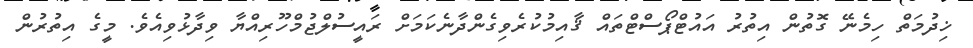
ޚިދުމަތް ހިމެނޭ ގޮތުން އިތުރު އައުޓްޕޯސްޓްތައް ޤާއިމުކުރެވިގެންދާނެކަމަށް ރައީސުލްޖުމްހޫރިއްޔާ ވިދާޅުވިއެވެ. މީގެ އިތުރުން